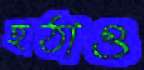
হঠাও